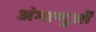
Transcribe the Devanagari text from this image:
अंगाणुओं